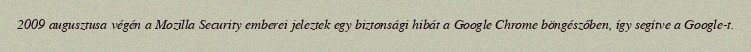
2009 augusztusa végén a Mozilla Security emberei jeleztek egy biztonsági hibát a Google Chrome böngészőben, így segítve a Google-t.